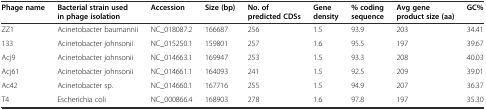
<table><thead><tr><td><b>Phage name</b></td><td><b>Bacterial strain used in phage isolation</b></td><td><b>Accession</b></td><td><b>Size (bp)</b></td><td><b>No. of predicted CDSs</b></td><td><b>Gene density</b></td><td><b>% coding sequence</b></td><td><b>Avg gene product size (aa)</b></td><td><b>GC%</b></td></tr></thead><tbody><tr><td>ZZ1</td><td>Acinetobacter baumannii</td><td>NC_018087.2</td><td>166687</td><td>256</td><td>1.5</td><td>93.9</td><td>203</td><td>34.41</td></tr><tr><td>133</td><td>Acinetobacter johnsonii</td><td>NC_015250.1</td><td>159801</td><td>257</td><td>1.6</td><td>95.5</td><td>197</td><td>39.67</td></tr><tr><td>Acj9</td><td>Acinetobacter johnsonii</td><td>NC_014663.1</td><td>169947</td><td>253</td><td>1.5</td><td>93.3</td><td>208</td><td>40.03</td></tr><tr><td>Acj61</td><td>Acinetobacter johnsonii</td><td>NC_014661.1</td><td>164093</td><td>241</td><td>1.5</td><td>92.5</td><td>209</td><td>39.01</td></tr><tr><td>Ac42</td><td>Acinetobacter sp.</td><td>NC_014660.1</td><td>167716</td><td>255</td><td>1.5</td><td>94.9</td><td>207</td><td>36.37</td></tr><tr><td>T4</td><td>Escherichia coli</td><td>NC_000866.4</td><td>168903</td><td>278</td><td>1.6</td><td>97.8</td><td>197</td><td>35.30</td></tr></tbody></table>